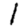
Digit: 1